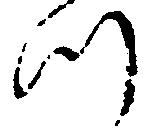
つ